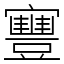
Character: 寷